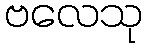
ဗလေသု